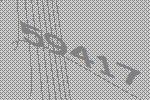
59417